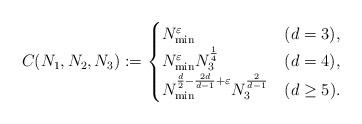
LaTeX: \begin{align*}C(N_1,N_2,N_3) := \begin{cases}N_{\min}^{\varepsilon} &(d=3),\\N_{\min}^{\varepsilon} N_3^{\frac{1}{4}} & (d=4),\\N_{\min}^{\frac{d}{2} -\frac{2 d}{d-1} + \varepsilon} N_3^{\frac{2}{d-1}} & (d \geq 5).\end{cases}\end{align*}